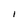
Character: I